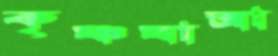
কৃষ্ণযাত্রা